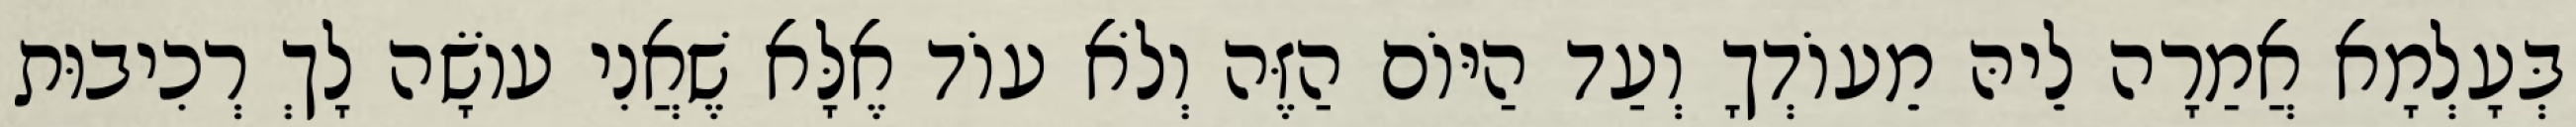
בְּעָלְמָא אֲמַרָה לֵיהּ מֵעוֹדְךָ וְעַד הַיּוֹם הַזֶּה וְלֹא עוֹד אֶלָּא שֶׁאֲנִי עוֹשָׂה לָךְ רְכִיבוּת